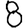
Digit: 8